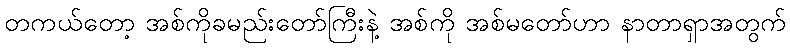
တကယ်တော့ အစ်ကိုခမည်းတော်ကြီးနဲ့ အစ်ကို အစ်မတော်ဟာ နာတာရှာအတွက်